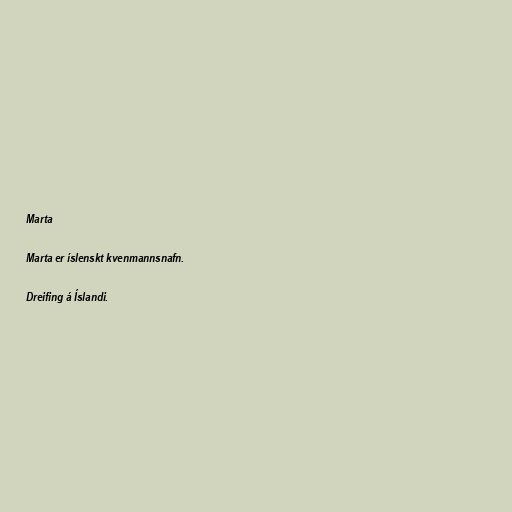
Marta

Marta er íslenskt kvenmannsnafn.

Dreifing á Íslandi.